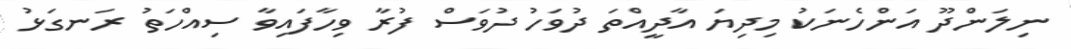
ނިލަންދޫ އަންހެނަކު މިދިޔަ އާދީއްތަ ދުވަހު ދުވަސް ފުރާ ވިހާފައިވާ ސިއްހަތު ރަނގަޅު